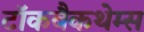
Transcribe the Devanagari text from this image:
टॉकबैकथेम्स